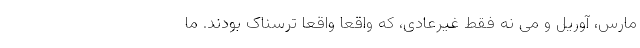
مارس، آوریل و می نه فقط غیرعادی، که واقعاً واقعاً ترسناک بودند. ما